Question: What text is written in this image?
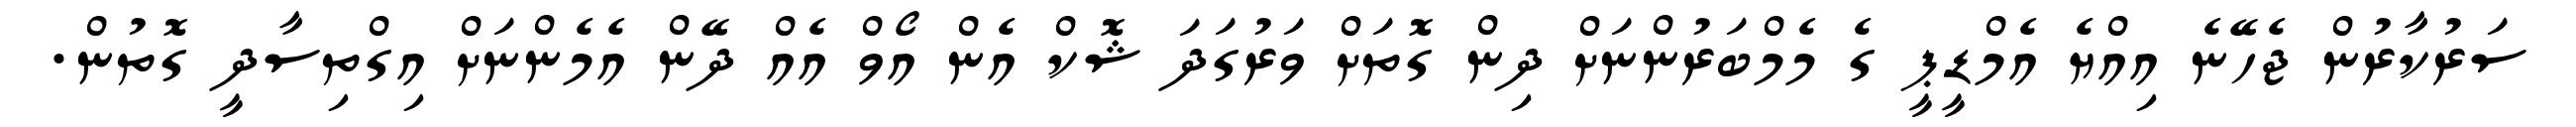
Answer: ސަރުކާރުން ޖެހޭނެ އިއްޔެ އެމްޑީޕީ ގެ މެމްބަރުންނަށް ދިން ގޮތަށް ވަރުގަދަ ޝޮކް އެން އޯވް އެއް ދޭން އެމެންނަށް އިގްތިސާދީ ގޮތުން.